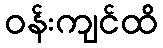
ဝန်းကျင်ထိ